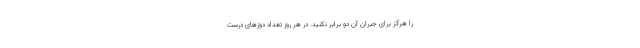
را هرگز برای جبران آن دو برابر نکنید. در هر روز تعداد دوزهای درست